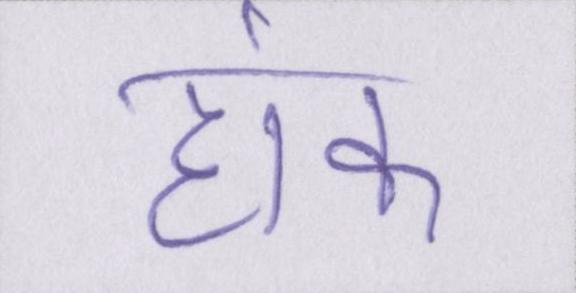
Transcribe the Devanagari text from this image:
हांक